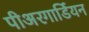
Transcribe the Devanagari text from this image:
पीअरगार्डियन